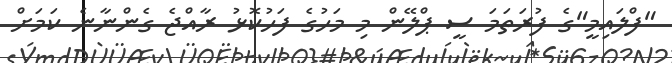
"ފްލައިމީ"ގެ ފުރަތަމަ ސީ ޕްލޭން މި މަހުގެ ފަހުކޮޅު ރާއްޖެ ގެންނާނެ ކަމަށް